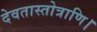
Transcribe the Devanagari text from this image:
देवतास्तोत्राणि।